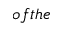
o f t h e